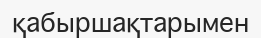
қабыршақтарымен